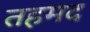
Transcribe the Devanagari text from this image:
तहमद